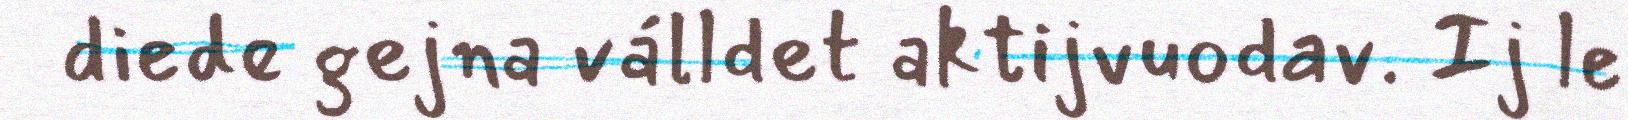
diede gejna válldet aktijvuodav. Ij le